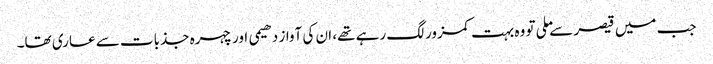
جب میں قیصر سے ملی تو وہ بہت کمزور لگ رہے تھے، ان کی آواز دھیمی اور چہرہ جذبات سے عاری تھا۔